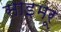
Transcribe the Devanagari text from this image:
साइमरू